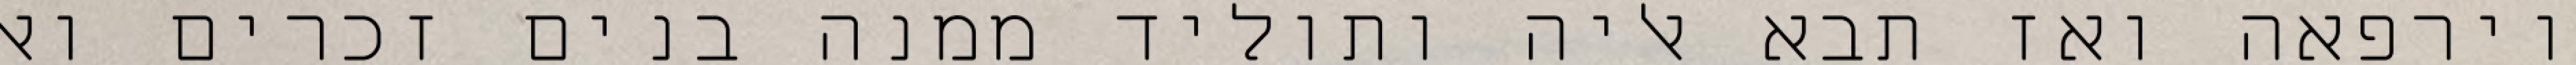
וירפאה ואז תבא אליה ותוליד ממנה בנים זכרים ואל